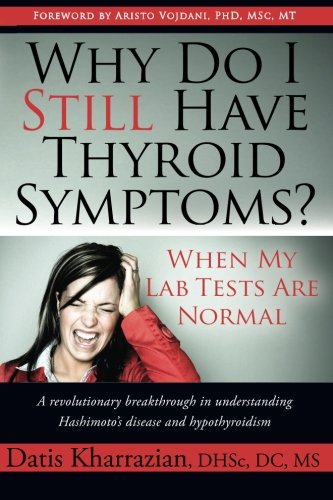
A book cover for Why Do I Still Have Thyroid Symptoms? when My Lab Tests Are Normal: a Revolutionary Breakthrough in Understanding Hashimoto's Disease and Hypothyroidism; Dr. Datis Kharrazian; Medical Books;